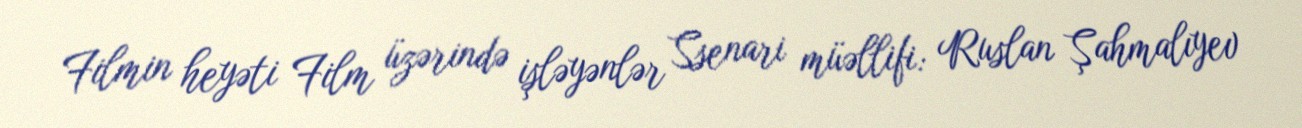
Filmin heyəti Film üzərində işləyənlər Ssenari müəllifi: Ruslan Şahmalıyev